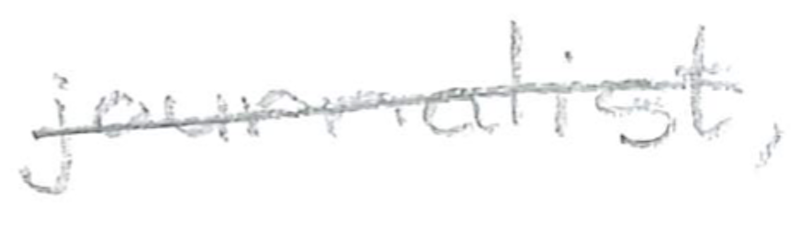
Text: journalist,
Cross-out: mix
Writing tool: pencil